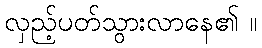
လှည့်ပတ်သွားလာနေ၏ ။